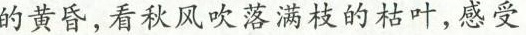
的黄昏，看秋风吹落满枝的枯叶，感受